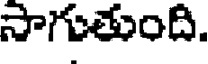
సాగుతుంది.